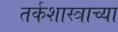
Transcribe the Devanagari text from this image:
तर्कशास्त्राच्या